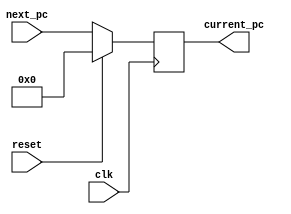
module PC ( input reset, 
            input clk, 
            input [31:0] next_pc, 
            output reg [31:0] current_pc);
  
  always@(posedge clk) begin
    if(reset) current_pc <= 32'b0;
    else current_pc <= next_pc;
  end

endmodule